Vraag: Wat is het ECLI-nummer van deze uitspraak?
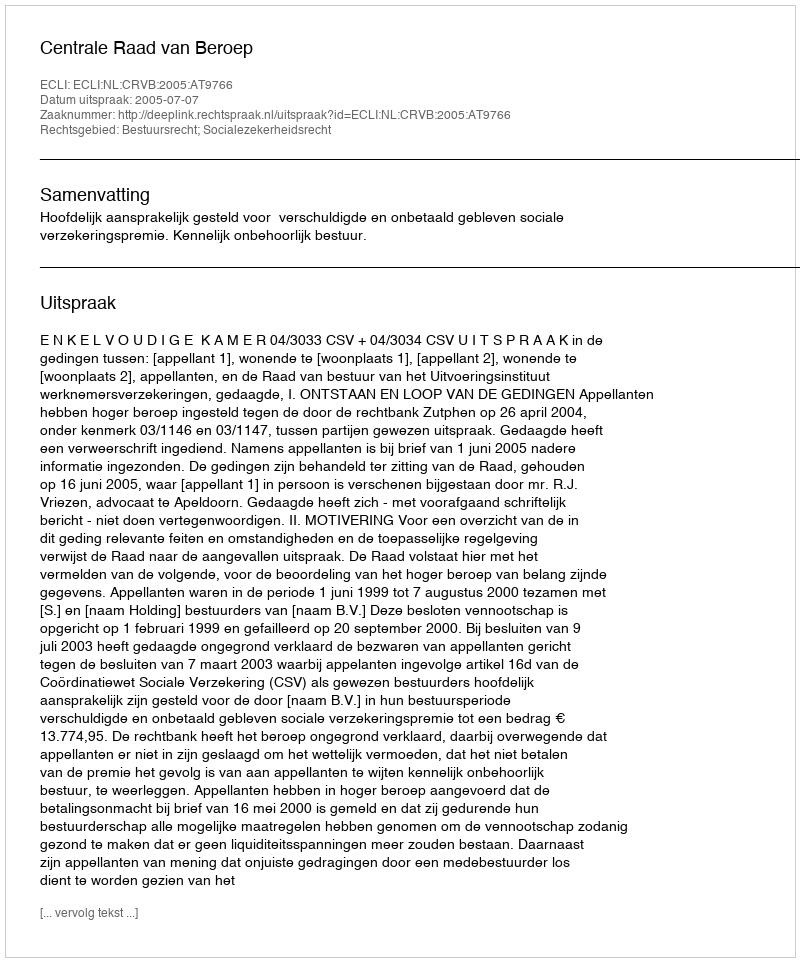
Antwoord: ECLI:NL:CRVB:2005:AT9766